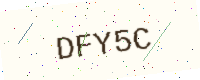
Text: DFY5C